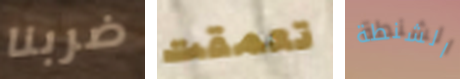
ضربنا تعمقت الشنطة